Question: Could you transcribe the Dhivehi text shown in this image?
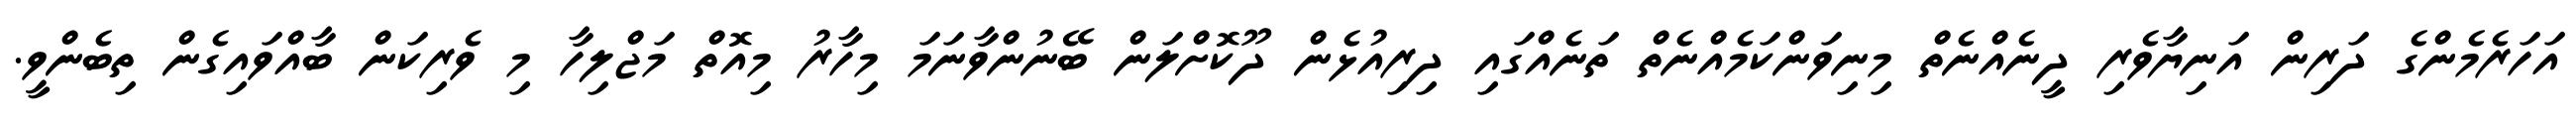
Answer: އަހަރެމެންގެ ދަރިން އަނިޔާވެރި ދީނެއްނެތް މިނިވަންކަމެއްނެތް ތަނެއްގައި ދިރިއުޅެން ދޫކޮށްލަން ބޭނުންވާނަމަ މިހާރު މިއޮތް މަޖްލިހާ މި ވެރިކަން ބާއްވައިގެން ތިބެންވީ.